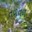
તળતળ